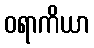
ဝရာကိယာ